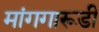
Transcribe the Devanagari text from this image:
मांगगारूडी